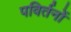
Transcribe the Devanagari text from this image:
पविर्तनों